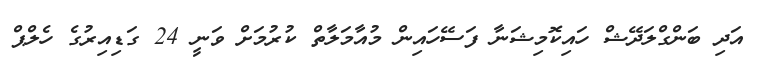
އަދި ބަންގްލަދޭޝް ހައިކޮމިޝަނާ ފަސޭހައިން މުއާމަލާތް ކުރުމަށް ވަނީ 24 ގަޑިއިރުގެ ހެލްޕް